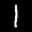
Label: 1